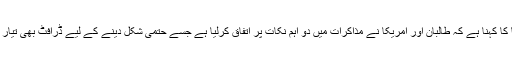
غیر ملکی میڈیا کا کہنا ہے کہ طالبان اور امریکا نے مذاکرات میں دو اہم نکات پر اتفاق کرلیا ہے جسے حتمی شکل دینے کے لیے ڈرافٹ بھی تیار کی جارہی ہے۔